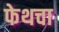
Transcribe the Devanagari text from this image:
फेथचा